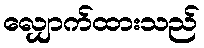
လျှောက်ထားသည်